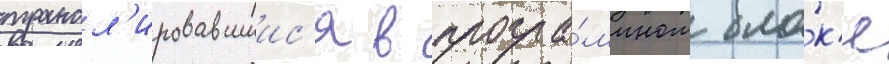
трансл'ировавшиис'я в програ́ммном бло́к'е